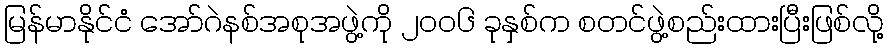
မြန်မာနိုင်ငံ အော်ဂဲနစ်အစုအဖွဲ့ကို ၂ဝဝ၆ ခုနှစ်က စတင်ဖွဲ့စည်းထားပြီးဖြစ်လို့